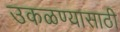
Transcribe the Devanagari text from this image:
उकळण्यासाठी